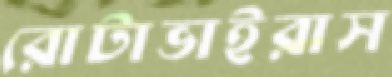
রোটাভাইরাস